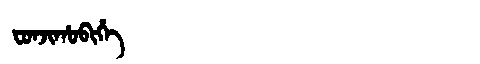
Manchu: ᠸᠣᠨᠵᡳᡥᠣᠪᡳᡥᡝ
Romanization: FONJIHOBIHE